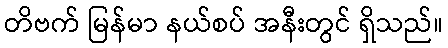
တိဗက် မြန်မာ နယ်စပ် အနီးတွင် ရှိသည်။